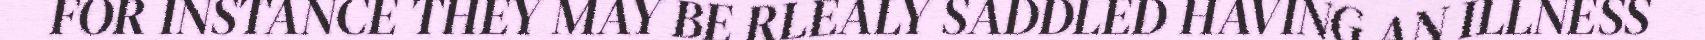
FOR INSTANCE THEY MAY BE RLEALY SADDLED HAVING AN ILLNESS